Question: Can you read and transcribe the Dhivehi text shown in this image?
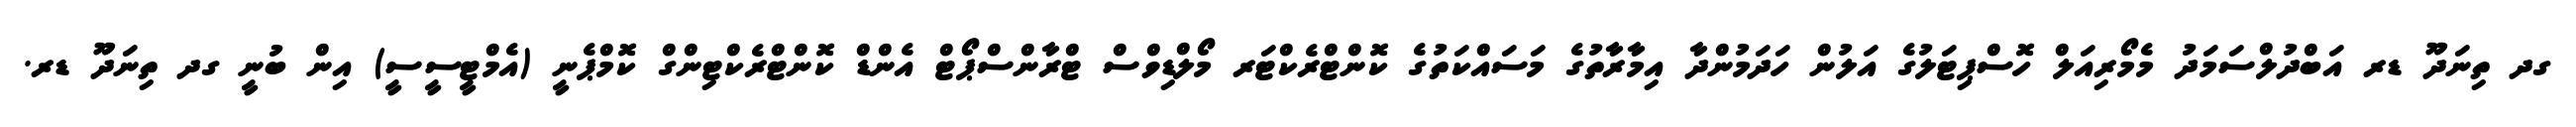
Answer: ގދ ތިނަދޫ ޑރ އަބްދުލްސަމަދު މެމޯރިއަލް ހޮސްޕިޓަލުގެ އަލުން ހަދަމުންދާ އިމާރާތުގެ މަސައްކަތުގެ ކޮންޓްރެކްޓަރ މޯލްޑިވްސް ޓްރާންސްޕޯޓް އެންޑް ކޮންޓްރެކްޓިންގް ކޮމްޕެނީ (އެމްޓީސީސީ) އިން ބުނީ ގދ ތިނަދޫ ޑރ.